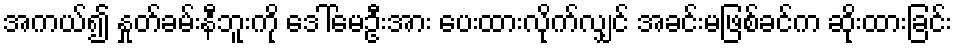
အကယ်၍ နှုတ်ခမ်းနီဘူးကို ဒေါ်မေဦးအား ပေးထားလိုက်လျှင် အခင်းမဖြစ်ခင်က ဆိုးထားခြင်း